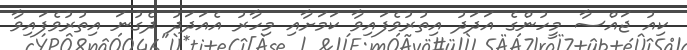
ކިއު ޖައްސާ މީހުންގެ އަދަދު އިތުރުވެފައިވާ ކަމަށާއި މިހާރު އެއަދަދު ދެގުނަ އިތުރުވެފައިވާ